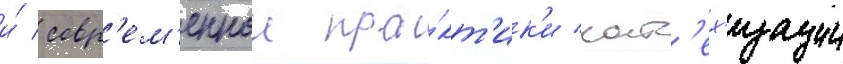
и́ совр'ем'еннои пра́кт'ик'и кат'ех'изации